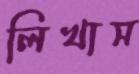
লিখাস